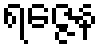
ရဇ္ဇေန